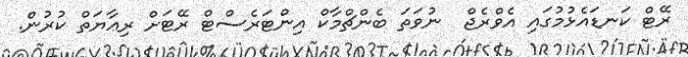
ރޭޓް ކަނޑައެޅުމުގައި އެވްރެޖް  ނުވަތަ ބެންޗްމާކް އިންޓަރެސްޓް ރޭޓަށް ރިޢާޔަތް ކުރުން.